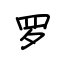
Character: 罗